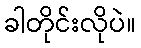
ခါတိုင်းလိုပဲ။